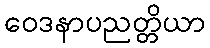
ဝေဒနာပညတ္တိယာ